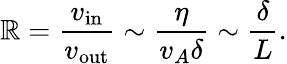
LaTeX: \mathbb{R}={\frac{{v_{\mathrm{{in}}}}}{{v_{\mathrm{{out}}}}}}\sim{\frac{{\eta}}{{v_{A}\delta}}}\sim{\frac{{\delta}}{{L}}}.